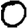
Digit: 0